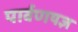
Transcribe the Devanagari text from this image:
पार्वणयज्ञ